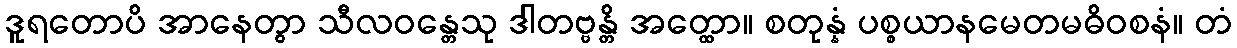
ဒူရတောပိ အာနေတွာ သီလဝန္တေသု ဒါတဗ္ဗန္တိ အတ္ထော။ စတုန္နံ ပစ္စယာနမေတမဓိဝစနံ။ တံ